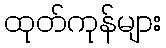
ထုတ်ကုန်များ